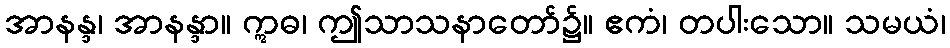
အာနန္ဒ၊ အာနန္ဒာ။ ဣဓ၊ ဤသာသနာတော်၌။ ဧကံ၊ တပါးသော။ သမယံ၊